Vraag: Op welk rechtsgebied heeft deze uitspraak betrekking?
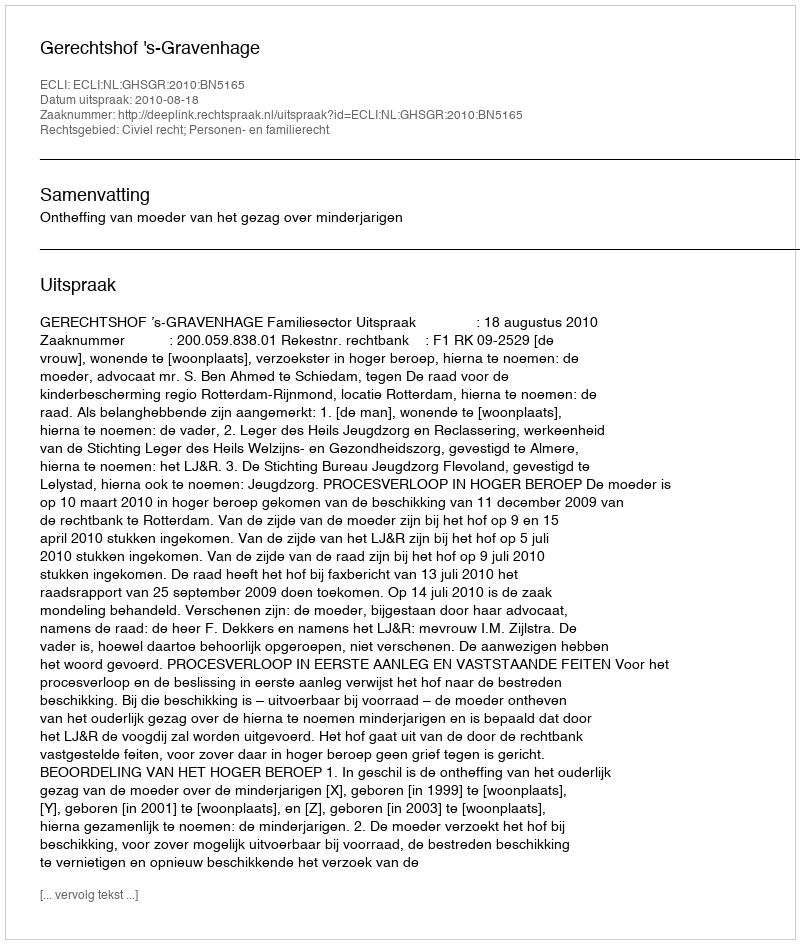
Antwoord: Civiel recht; Personen- en familierecht